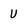
Character: V